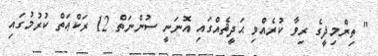
" ތިރްމިޛީގެ ރިވާ ކުރެއްވި ޙަދީޘެއްގައި އޮނަނީ ސުންނަތް 12 ރަކްޢަތް ކުރުމުގައި